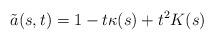
LaTeX: \begin{align*}\tilde{a}(s,t) = 1-t\kappa(s) + t^2K(s)\end{align*}